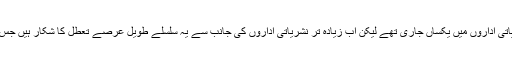
پہلے یہ سلسلے اردو اور انگریزی نشریاتی اداروں میں یکساں جاری تھے لیکن اب زیادہ تر نشریاتی اداروں کی جانب سے یہ سلسلے طویل عرصے تعطل کا شکار ہیں جس کا جواز بجٹ میں کٹوتی بتایا جاتا ہے۔